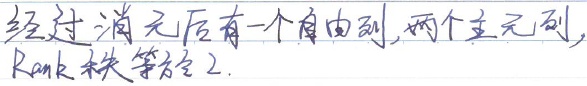
经过消元后有一个自由列，两个主元列，\(\text{Rank}\)秩等于\(2\)。